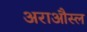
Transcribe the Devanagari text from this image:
अराऔस्ल